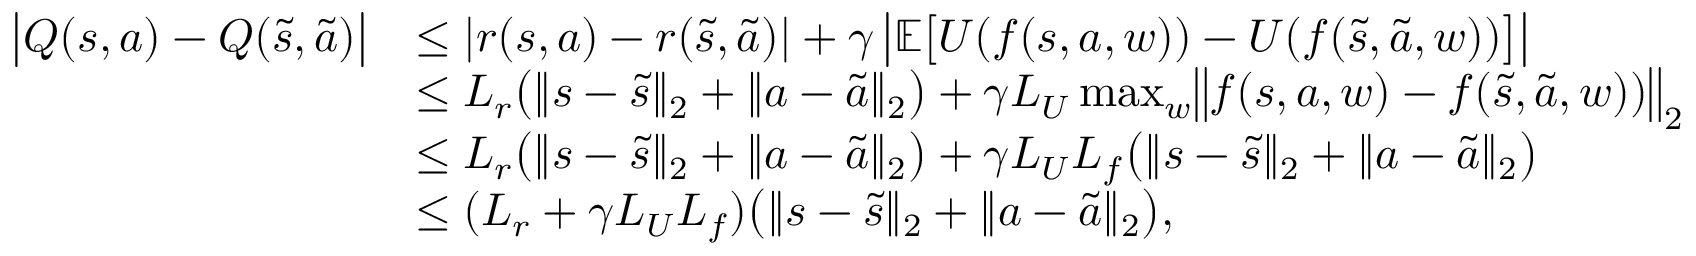
\begin{array} { r l } { \bigl | Q ( s , a ) - Q ( \tilde { s } , \tilde { a } ) \bigr | } & { \leq | r ( s , a ) - r ( \tilde { s } , \tilde { a } ) | + \gamma \, \bigl | \mathbb { E } \bigl [ U ( f ( s , a , w ) ) - U ( f ( \tilde { s } , \tilde { a } , w ) ) \bigr ] \bigr | } \\ & { \leq L _ { r } \bigl ( \| s - \tilde { s } \| _ { 2 } + \| a - \tilde { a } \| _ { 2 } \bigr ) + \gamma L _ { U } \operatorname* { m a x } _ { w } \bigl \| f ( s , a , w ) - f ( \tilde { s } , \tilde { a } , w ) ) \bigr \| _ { 2 } } \\ & { \leq L _ { r } \bigl ( \| s - \tilde { s } \| _ { 2 } + \| a - \tilde { a } \| _ { 2 } \bigr ) + \gamma L _ { U } L _ { f } \bigl ( \| s - \tilde { s } \| _ { 2 } + \| a - \tilde { a } \| _ { 2 } \bigr ) } \\ & { \leq ( L _ { r } + \gamma L _ { U } L _ { f } ) \bigl ( \| s - \tilde { s } \| _ { 2 } + \| a - \tilde { a } \| _ { 2 } \bigr ) , } \end{array}